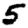
Digit: 5